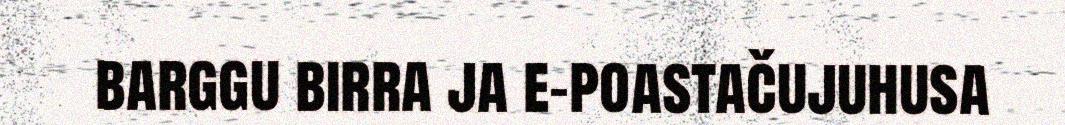
barggu birra ja e-poastačujuhusa